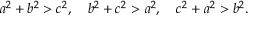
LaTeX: a ^ { 2 } + b ^ { 2 } > c ^ { 2 } , \quad b ^ { 2 } + c ^ { 2 } > a ^ { 2 } , \quad c ^ { 2 } + a ^ { 2 } > b ^ { 2 } .